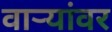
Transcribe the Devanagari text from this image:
वाऱ्यांवर